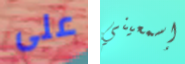
على إسمعيني